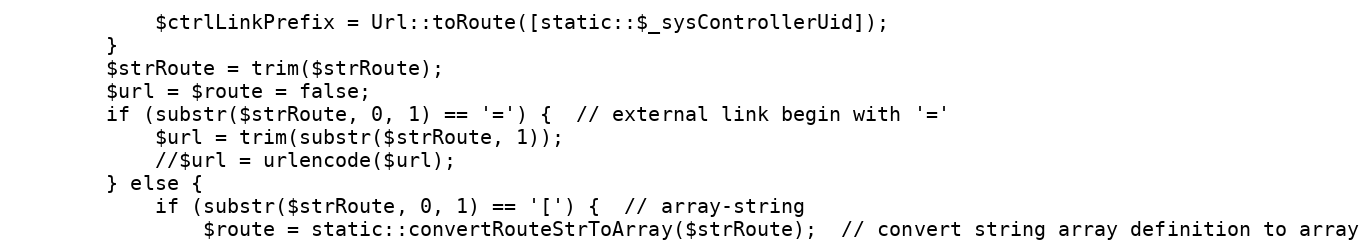
Language: PHP
            $ctrlLinkPrefix = Url::toRoute([static::$_sysControllerUid]);
        }
        $strRoute = trim($strRoute);
        $url = $route = false;
        if (substr($strRoute, 0, 1) == '=') {  // external link begin with '='
            $url = trim(substr($strRoute, 1));
            //$url = urlencode($url);
        } else {
            if (substr($strRoute, 0, 1) == '[') {  // array-string
                $route = static::convertRouteStrToArray($strRoute);  // convert string array definition to array